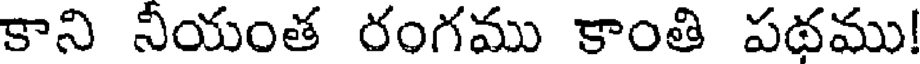
కాని నీయంత రంగము కాంతి పథము!